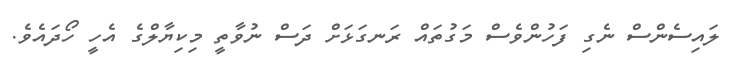
ލައިސެންސް ނެގި ފަހުންވެސް މަގުތައް ރަނގަޅަށް ދަސް ނުވާތީ މިކިޔާލްގެ އެހީ ހޯދައެވެ.